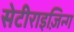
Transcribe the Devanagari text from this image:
सेटीराइज़िन्ग